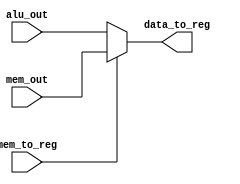
module dataout_src(alu_out,mem_out,mem_to_reg,data_to_reg);
  input [7:0]alu_out;
  input [7:0]mem_out;
  input mem_to_reg;
  output [7:0]data_to_reg;
  assign data_to_reg = mem_to_reg ? mem_out : alu_out; 
endmodule